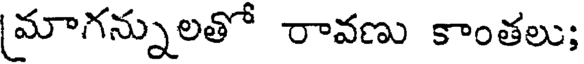
మాగన్నులతో రావణు కాంతలు;